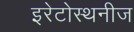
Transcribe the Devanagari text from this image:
इरेटोस्थनीज